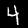
Label: 4